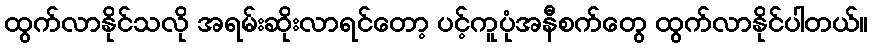
ထွက်လာနိုင်သလို အရမ်းဆိုးလာရင်တော့ ပင့်ကူပုံအနီစက်တွေ ထွက်လာနိုင်ပါတယ်။